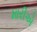
મારીએ